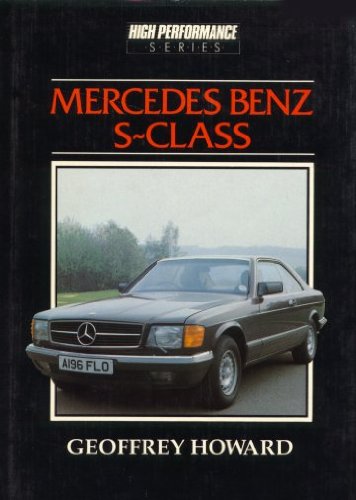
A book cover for Mercedes-Benz S-Class and the 190 16E (High performance series); Geoffrey Howard; Engineering & Transportation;